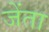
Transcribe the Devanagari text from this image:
जेंता